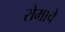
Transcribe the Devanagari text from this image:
रोमाचे